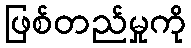
ဖြစ်တည်မှုကို